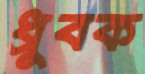
ধ্রুবক